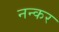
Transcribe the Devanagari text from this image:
नन्कर